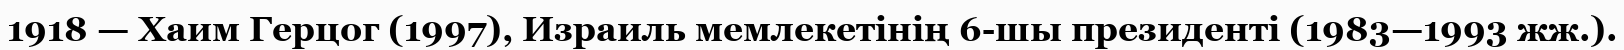
1918 — Хаим Герцог (1997), Израиль мемлекетінің 6-шы президенті (1983—1993 жж.).